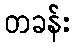
တခန်း